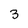
Character: 3